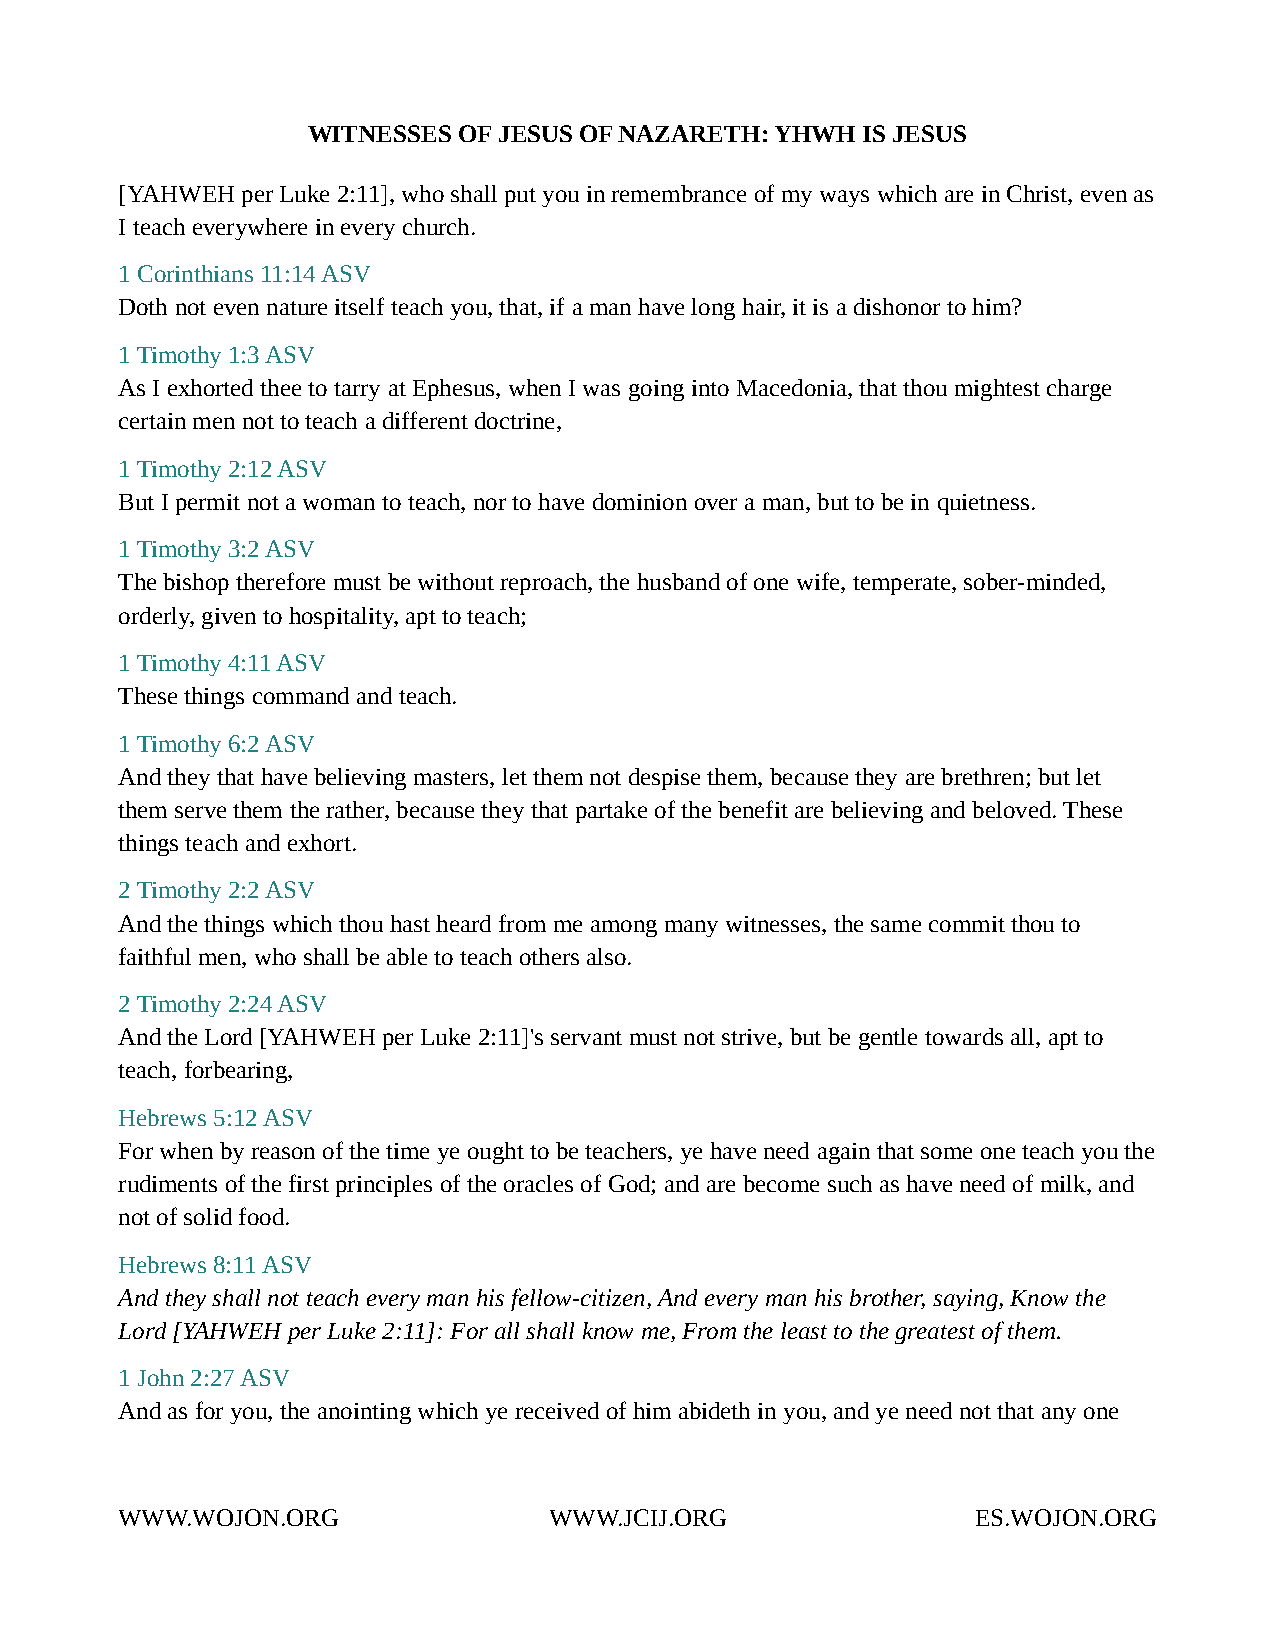
WITNESSES OF JESUS OF NAZARETH: YHWH IS JESUS
 [YAHWEH per Luke 2:11], who shall put you in remembrance of my ways which are in Christ, even as
 I teach everywhere in every church.
 1 Corinthians 11:14 ASV
 Doth not even nature itself teach you, that, if a man have long hair, it is a dishonor to him?
 1 Timothy 1:3 ASV
 As I exhorted thee to tarry at Ephesus, when I was going into Macedonia, that thou mightest charge
 certain men not to teach a different doctrine,
 1 Timothy 2:12 ASV
 But I permit not a woman to teach, nor to have dominion over a man, but to be in quietness.
 1 Timothy 3:2 ASV
 The bishop therefore must be without reproach, the husband of one wife, temperate, sober-minded,
 orderly, given to hospitality, apt to teach;
 1 Timothy 4:11 ASV
 These things command and teach.
 1 Timothy 6:2 ASV
 And they that have believing masters, let them not despise them, because they are brethren; but let
 them serve them the rather, because they that partake of the benefit are believing and beloved. These
 things teach and exhort.
 2 Timothy 2:2 ASV
 And the things which thou hast heard from me among many witnesses, the same commit thou to
 faithful men, who shall be able to teach others also.
 2 Timothy 2:24 ASV
 And the Lord [YAHWEH per Luke 2:11]'s servant must not strive, but be gentle towards all, apt to
 teach, forbearing,
 Hebrews 5:12 ASV
 For when by reason of the time ye ought to be teachers, ye have need again that some one teach you the
 rudiments of the first principles of the oracles of God; and are become such as have need of milk, and
 not of solid food.
 Hebrews 8:11 ASV
 And they shall not teach every man his fellow-citizen, And every man his brother, saying, Know the
 Lord [YAHWEH per Luke 2:11]: For all shall know me, From the least to the greatest of them.
 1 John 2:27 ASV
 And as for you, the anointing which ye received of him abideth in you, and ye need not that any one
 WWW.WOJON.ORG               WWW.JCIJ.ORG                 ES.WOJON.ORG